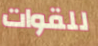
للقوات